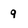
Character: 9